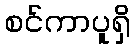
စင်ကာပူရှိ